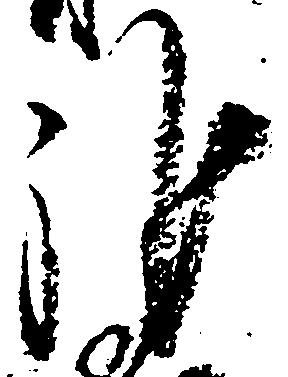
雑